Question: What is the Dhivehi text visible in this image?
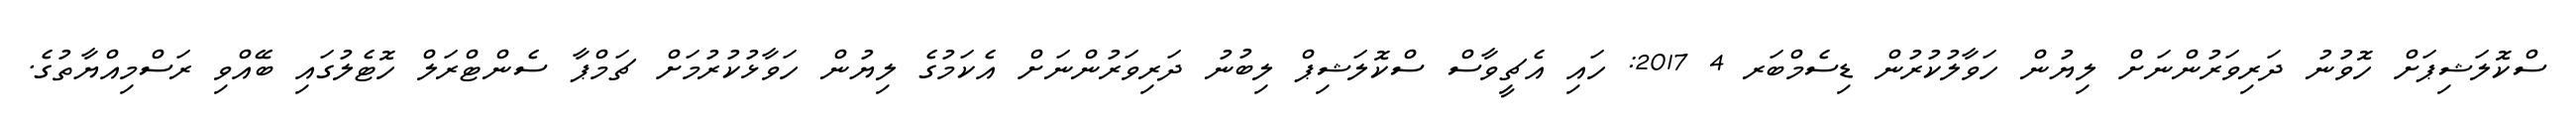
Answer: ސްކޮލަޝިޕަށް ހޮވުނު ދަރިވަރުންނަށް ލިޔުން ހަވާލުކުރުން ޑިސެމްބަރ 4 2017: ހައި އެޗީވާސް ސްކޮލަޝިޕް ލިބުނު ދަރިވަރުންނަށް އެކަމުގެ ލިޔުން ހަވާޅުކުރުމަށް ޗަމްޕާ ސެންޓްރަލް ހޮޓެލުގައި ބޭއްވި ރަސްމިއްޔާތުގެ.